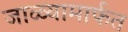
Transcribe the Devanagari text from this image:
जाळ्यामार्फत